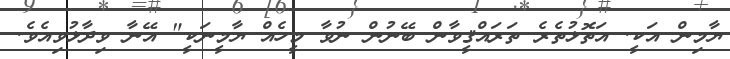
ޔާމިން އަކީ. އަތޮޅުތެރެ ތަރައްޤީވާން ބޭނުން ނުވާ މީހެއް ޔާމީނަކީ" އޭނާ ވިދާޅުވިއެވެ.